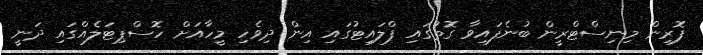
ފޮރިން މިނިސްޓްރީން ބުނެފައިވާ ގޮތުގައި ފްލައިޓުގައި އިން ދިވެހި މީހާއަށް ހޮސްޕިޓަލެއްގައި ދަނީ